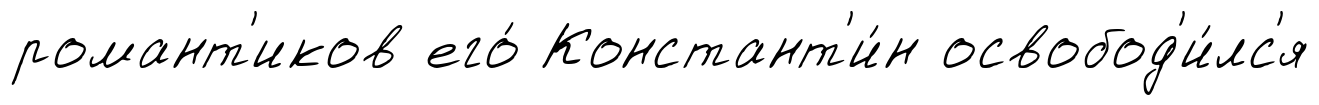
романт'иков его́ Констант'и́н освобод'и́лс'я